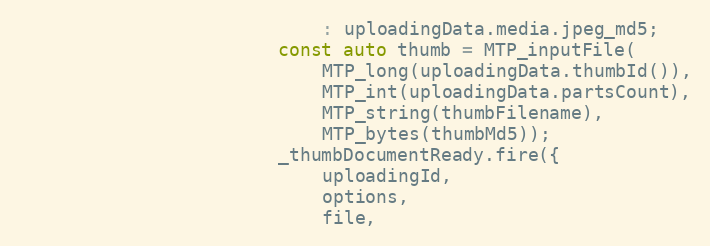
Language: C++
							: uploadingData.media.jpeg_md5;
						const auto thumb = MTP_inputFile(
							MTP_long(uploadingData.thumbId()),
							MTP_int(uploadingData.partsCount),
							MTP_string(thumbFilename),
							MTP_bytes(thumbMd5));
						_thumbDocumentReady.fire({
							uploadingId,
							options,
							file,